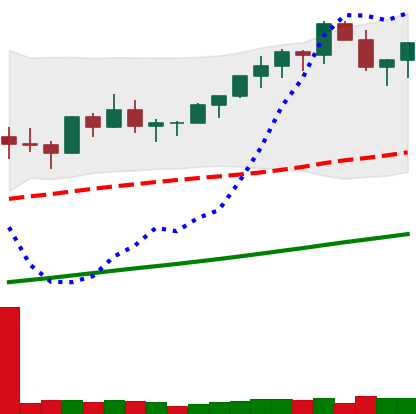
Ticker: BTC-USD
Chart end date: 2021-03-17
Forward return: -7.375%
Label: down_7plus